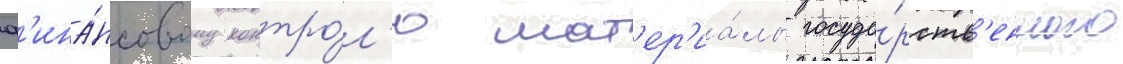
ф'ина́нсовому контро́л'ю мат'ер'иа́лы госуда́рств'енного